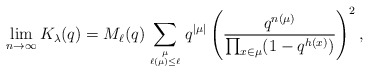
\begin{gather*} \lim_{ n \rightarrow \infty} K_{\lambda}(q) = M_{\ell}(q) \sum_{\mu \atop \ell(\mu) \le \ell} q^{|\mu|} \left(\frac{q^{n(\mu)}}{\prod_{x \in \mu} (1-q^{h(x)})} \right)^2,\end{gather*}